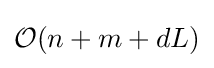
{\mathcal {O}}(n+m+dL)